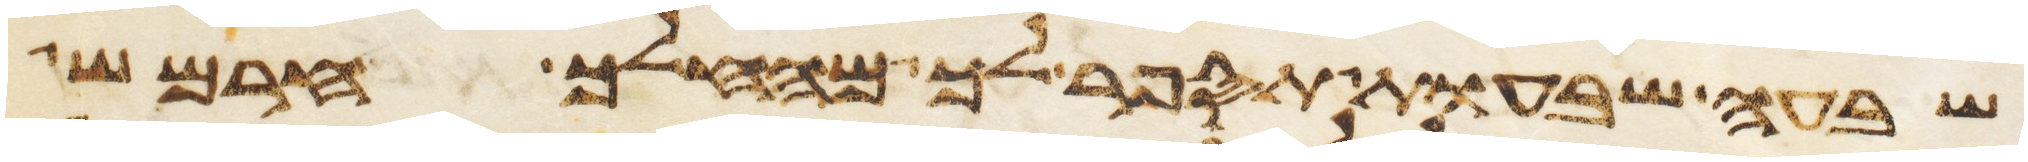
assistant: שבעה שבעות תספר לך מהחלך חרמש